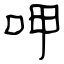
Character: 呷